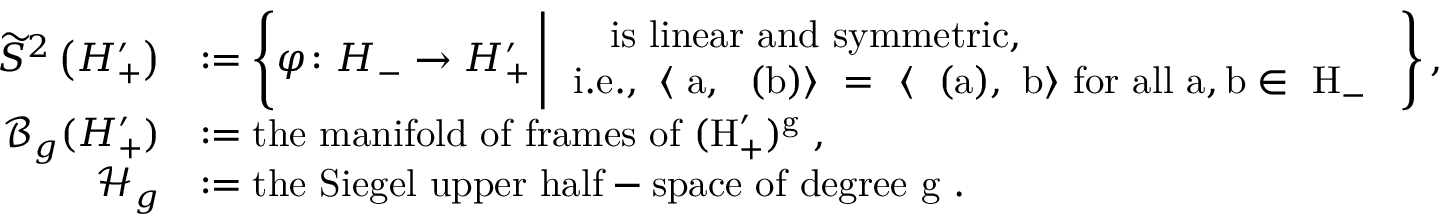
\begin{array} { r l } { \widetilde { S } ^ { 2 } \left( H _ { + } ^ { \prime } \right) } & { : = \left\{ \varphi \colon H _ { - } \rightarrow H _ { + } ^ { \prime } \, \Bigg | \, \begin{array} { l } { \mathrm { ~ \varphi ~ i s ~ l i n e a r ~ a n d ~ s y m m e t r i c , } } \\ { \mathrm { i . e . , ~ \langle ~ a , ~ \varphi ( b ) \rangle ~ = ~ \langle ~ \varphi ( a ) , ~ b \rangle ~ f o r ~ a l l ~ a , b \in ~ H _ - ~ } } \end{array} \right\} , } \\ { \mathcal { B } _ { g } ( H _ { + } ^ { \prime } ) } & { : = \mathrm { t h e ~ m a n i f o l d ~ o f ~ f r a m e s ~ o f ~ ( H ' _ + ) ^ g ~ , } } \\ { \mathcal { H } _ { g } } & { : = \mathrm { t h e ~ S i e g e l ~ u p p e r ~ h a l f - s p a c e ~ o f ~ d e g r e e ~ g ~ . } } \end{array}